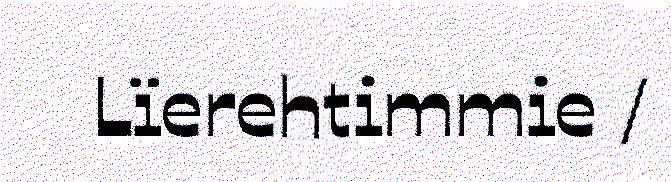
Lïerehtimmie /